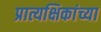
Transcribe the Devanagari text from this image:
प्रात्यक्षिकांच्या